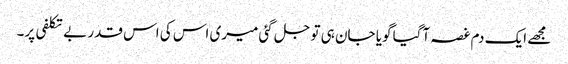
مجھے ایک دم غصہ آگیا گویا جان ہی تو جل گئی میری اس کی اس قدر بے تکلفی پر۔